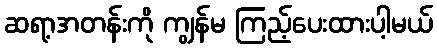
ဆရာ့အတန်းကို ကျွန်မ ကြည့်ပေးထားပါ့မယ်